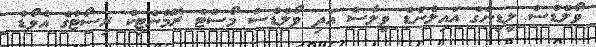
ވޯލްޑްސް ލީޑިންގް އައިލެންޑް ވިލާސް އަދި ވޯލްޑްސް މޯސްޓް ރޮމޭންޓިކް ރިސޯޓުގެ އެވޯޑު